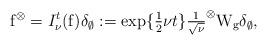
LaTeX: \begin{align*} \mathrm{f}^\otimes=I^t_\nu(\mathrm{f})\delta_\emptyset:= \exp\{\tfrac{1}{2}\nu t\}{\tfrac{1}{\sqrt\nu}}^\otimes\mathrm{W}_{\mathrm{g}}\delta_\emptyset,\end{align*}